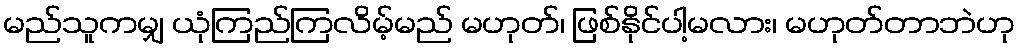
မည်သူကမျှ ယုံကြည်ကြလိမ့်မည် မဟုတ်၊ ဖြစ်နိုင်ပါ့မလား၊ မဟုတ်တာဘဲဟု